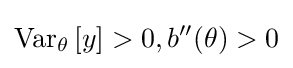
\operatorname {Var} _{\theta }\left[y\right]>0,b''(\theta )>0